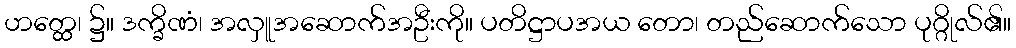
ဟတ္ထေ၊ ၌။ ဒက္ခိဏံ၊ အလှူအဆောက်အဦးကို။ ပတိဋ္ဌာပအယ တော၊ တည်ဆောက်သော ပုဂ္ဂိုလ်၏။